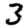
Digit: 3